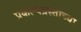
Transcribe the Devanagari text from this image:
प्रकल्पग्रस्तांच्या